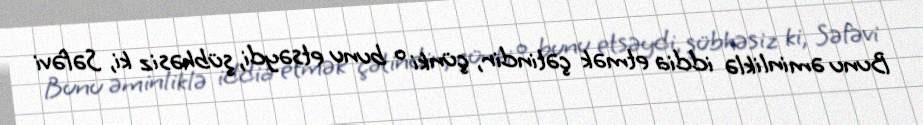
Bunu əminliklə iddia etmək çətindir, çünki o bunu etsəydi, şübhəsiz ki, Səfəvi